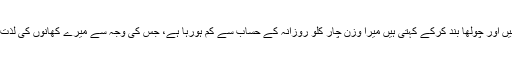
خاتون مسکرا کر چربی پگھلنے کی رفتار پر اپنے اطمینان کا اظہار کرتی ہیں اور چولھا بند کرکے کہتی ہیں میرا وزن چار کلو روزانہ کے حساب سے کم ہورہا ہے، جس کی وجہ سے میرے کھانوں کی لذت میں بھی اضافہ ہورہا ہے، میرے گھر والے مجھ سے متاثر نظر آرہے ہیں۔